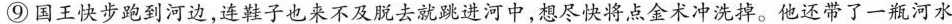
⑨国王快步跑到河边，连鞋子也来不及脱去就跳进河中，想尽快将点金术冲洗掉。他还带了一瓶河水